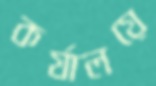
কর্যালয়ে